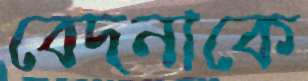
বেদনাকে